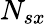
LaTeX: N_{sx}